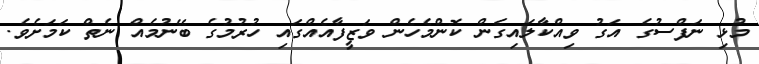
މުޅި ނަފްސުގެ އަގު ވިއްކާލައިގެން ކޮންމެހެން ވަޒީފާއެއްގައި ހުރުމުގެ ބޭނުމެއް ނެތް ކަމަށެވެ.